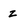
Character: Z